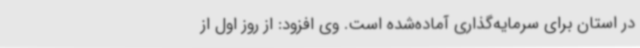
در استان برای سرمایه‌گذاری آماده‌شده است. وی افزود: از روز اول از